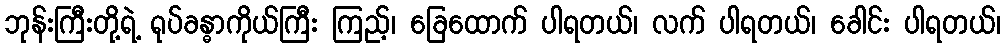
ဘုန်းကြီးတို့ရဲ့ ရုပ်ခန္ဓာကိုယ်ကြီး ကြည့်၊ ခြေထောက် ပါရတယ်၊ လက် ပါရတယ်၊ ခေါင်း ပါရတယ်၊